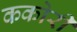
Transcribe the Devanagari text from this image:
ककोरी